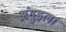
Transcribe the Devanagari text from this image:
अंगुइला